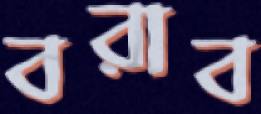
বরাব